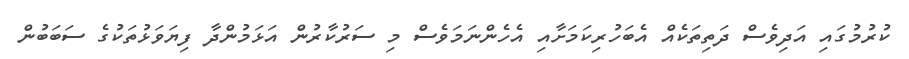
ކުރުމުގައި އަދިވެސް ދަތިތަކެއް އެބަހުރިކަމަށާއި އެހެންނަމަވެސް މި ސަރުކާރުން އަޅަމުންދާ ފިޔަވަޅުތަކުގެ ސަބަބުން